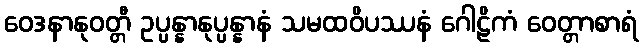
ဝေဒနာနုဝတ္တီ ဥပ္ပန္နာနုပ္ပန္နာနံ သမထဝိပဿနံ ဂေါဠိကံ ဝေတ္တာစာရံ